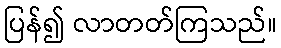
ပြန်၍ လာတတ်ကြသည်။